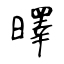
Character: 曎